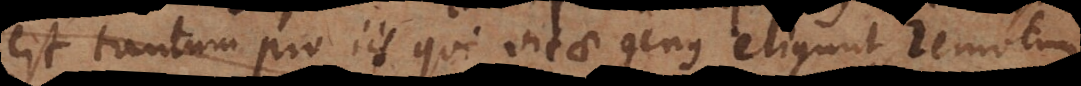
est tantum pro iis qui vitae genus eligunt remotum